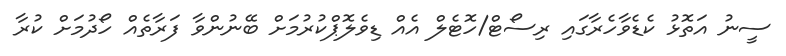
ސީނު އަތޮޅު ކެޑެވާހެރާގައި ރިސޯޓް/ހޮޓެލް އެއް ޑިވެލޮޕްކުރުމަށް ބޭނުންވާ ފަރާތެއް ހޯދުމަށް ކުރާ